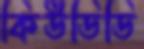
কিউডিডি